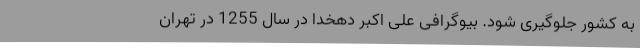
به کشور جلوگیری شود. بیوگرافی علی اکبر دهخدا در سال 1255 در تهران